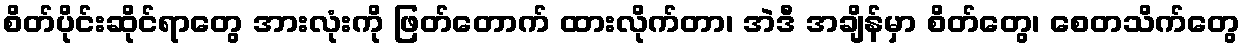
စိတ်ပိုင်းဆိုင်ရာတွေ အားလုံးကို ဖြတ်တောက် ထားလိုက်တာ၊ အဲဒီ အချိန်မှာ စိတ်တွေ၊ စေတသိက်တွေ